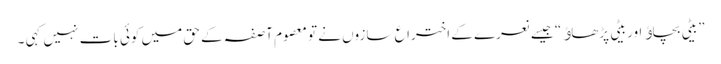
”بیٹی بچاﺅ اور بیٹی پڑھاﺅ“ جیسے نعرے کے اختراع سازوں نے تو معصوم آصفہ کے حق میں کوئی بات نہیں کہی ۔